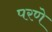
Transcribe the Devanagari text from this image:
परणे